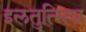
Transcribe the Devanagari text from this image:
इलतुत्मिश